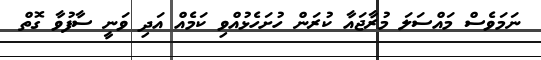
ނަމަވެސް މައްސަލަ މުރާޖައާ ކުރަން ހުށަހެޅުއްވި ކަމެއް އަދި ވަނީ ސާފުވާ ގޮތް